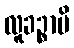
လူခဉ္စာပိ